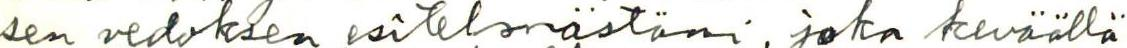
sen vedoksen esitelmästäni, joka keväällä